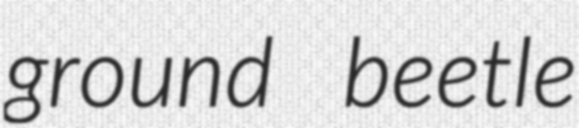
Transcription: ground beetle